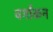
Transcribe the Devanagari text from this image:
वर्गांकन